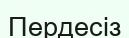
Пердесіз